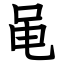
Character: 黾